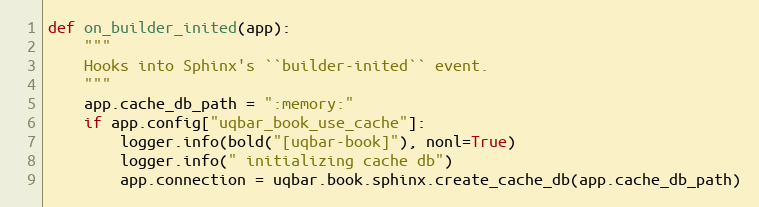
Language: Python
def on_builder_inited(app):
    """
    Hooks into Sphinx's ``builder-inited`` event.
    """
    app.cache_db_path = ":memory:"
    if app.config["uqbar_book_use_cache"]:
        logger.info(bold("[uqbar-book]"), nonl=True)
        logger.info(" initializing cache db")
        app.connection = uqbar.book.sphinx.create_cache_db(app.cache_db_path)